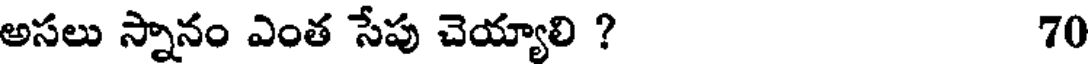
అసలు స్నానం ఎంత సేపు చెయ్యాలి ? 70